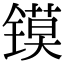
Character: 镆